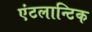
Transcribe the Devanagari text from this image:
एंटलान्टिक